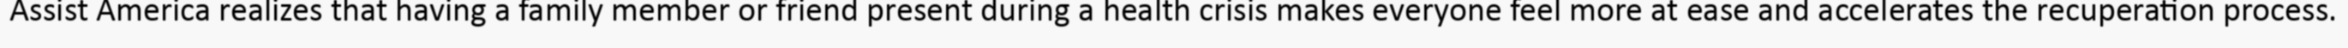
Assist America realizes that having a family member or friend present during a health crisis makes everyone feel more at ease and accelerates the recuperation process.